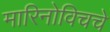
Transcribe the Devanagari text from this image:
मारिनोविचचे